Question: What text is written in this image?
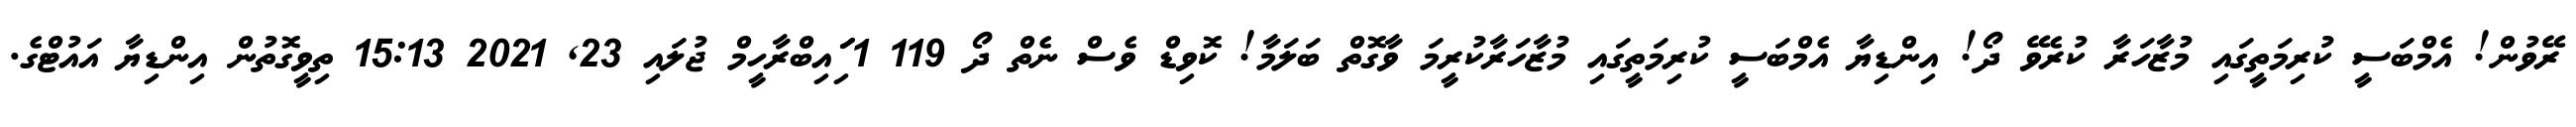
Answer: ރޭވުން! އެމްބަސީ ކުރިމަތީގައި މުޒާހަރާ ކުރެވޭ ދޯ! އިންޑިޔާ އެމްބަސީ ކުރިމަތީގައި މުޒާހަރާކުރީމަ ވާގޮތް ބަލަމާ! ކޮވިޑް ވެސް ނެތް ދޯ 119 1 ަިަަައިބްރާހީމް ޖުލައި 23, 2021 15:13 ތިވީގޮތުން އިންޑިޔާ އައުޓްގެ.